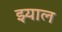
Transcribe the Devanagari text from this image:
झ्याल